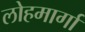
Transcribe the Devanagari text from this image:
लोहमार्गां